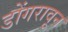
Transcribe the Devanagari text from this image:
डोंगरावून